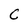
Character: C